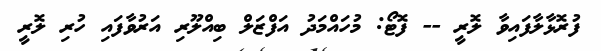
ފުރޮޅާލާފައިވާ ލޮރީ -- ފޮޓޯ: މުހައްމަދު އަފްޒަލް ބިއްލޫރި އަރުވާފައި ހުރި ލޮރީ